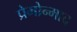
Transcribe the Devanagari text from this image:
प्रेमोन्माद